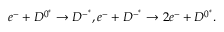
e ^ { - } + D ^ { 0 ^ { * } } \rightarrow D ^ { - ^ { * } } , e ^ { - } + D ^ { - ^ { * } } \rightarrow 2 e ^ { - } + D ^ { 0 ^ { * } } .